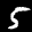
Label: 5